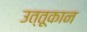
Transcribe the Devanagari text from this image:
उत्तूकान